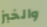
والخبز